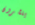
ينشرون